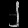
Digit: ၂